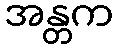
အန္တက